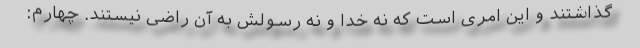
گذاشتند و این امری است که نه خدا و نه رسولش به آن راضی نیستند. چهارم: